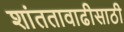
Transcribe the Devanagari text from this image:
शांततावाढीसाठी